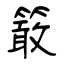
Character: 𥴊